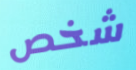
شخص